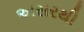
અસરથી